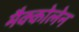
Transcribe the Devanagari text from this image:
मैक्कोलेन